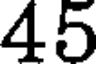
45